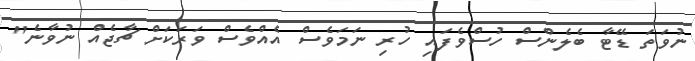
ނުވަތަ ޑޭޓާ ބެލެންސް ހުސްވެފައި ހުރި ނަމަވެސް އެއްވެސް ވަރަކަށް ޗާޖެއް ނުވާނެ"